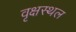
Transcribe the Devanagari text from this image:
वृक्षस्थल